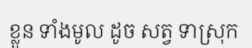
ខ្លួន ទាំងមូល ដូច សត្វ ទាស្រុក